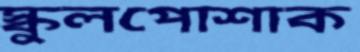
স্কুলপোশাক